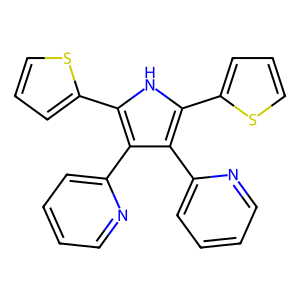
SMILES: c1ccc(-c2c(-c3cccs3)[nH]c(-c3cccs3)c2-c2ccccn2)nc1
Inhibits HIV replication: Yes